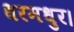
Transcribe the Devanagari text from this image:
धरमधुर।